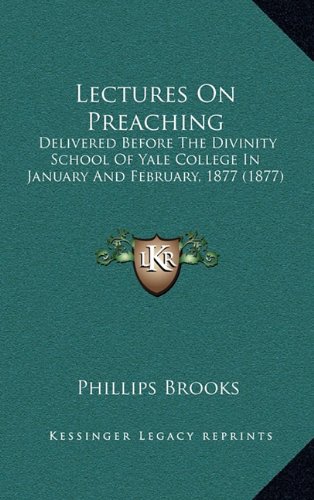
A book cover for Lectures On Preaching: Delivered Before The Divinity School Of Yale College In January And February, 1877 (1877); Phillips Brooks; Literature & Fiction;